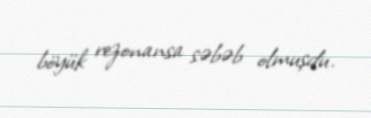
böyük rezonansa səbəb olmuşdu.